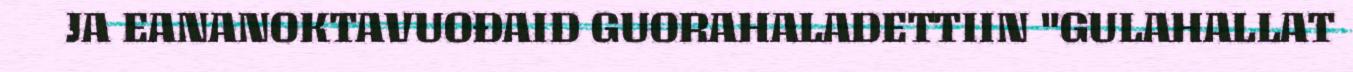
JA EANANOKTAVUOĐAID GUORAHALADETTIIN "GULAHALLAT